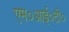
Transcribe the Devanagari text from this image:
एम०आई०टी०